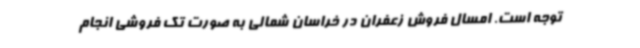
توجه است. امسال فروش زعفران در خراسان شمالی به صورت تک فروشی انجام